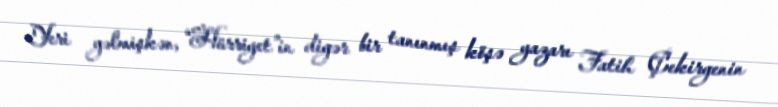
Yeri gəlmişkən, “Hürriyet”in digər bir tanınmış köşə yazarı Fatih Çekirgenin